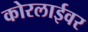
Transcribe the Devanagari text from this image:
कोरलाईवर